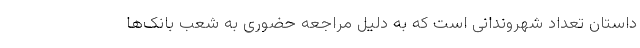
داستان تعداد شهروندانی است که به دلیل مراجعه حضوری به شعب بانک‌ها